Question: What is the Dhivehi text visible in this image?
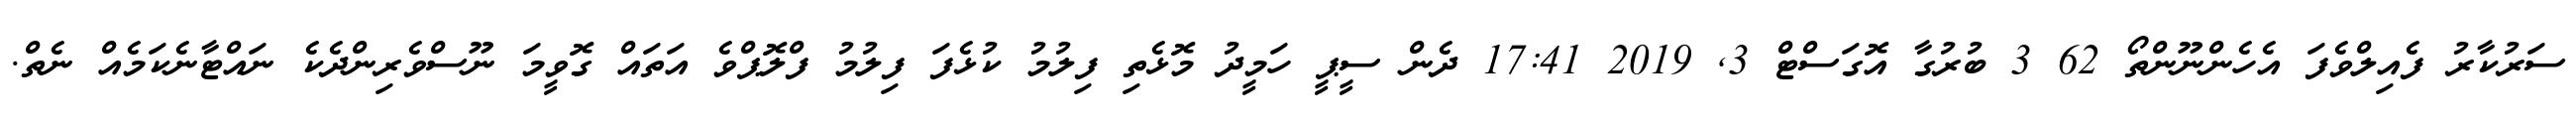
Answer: ސަރުކާރު ފެއިލްވެފަ އެހެންނޫންތޯ 62 3 ބުރުގާ އޮގަސްޓް 3, 2019 17:41 ދެން ސީޕީ ހަމީދު މޮޅެތި ފިލުމު ކުޅެފަ ފިލުމު ފްލޮޕްވެ އަތައް ގޮވީމަ ނޫސްވެރިންދެކެ ނައްޓާނެކަމެއް ނެތް.